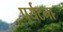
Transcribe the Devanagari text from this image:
पर्यटना